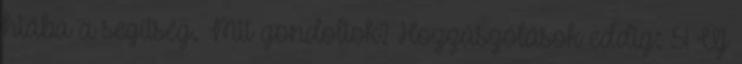
hiába a segítség. Mit gondoltok? Hozzászólások eddig: 51 Új